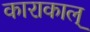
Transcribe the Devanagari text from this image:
काराकाल्